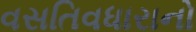
વસતિવધારાનો